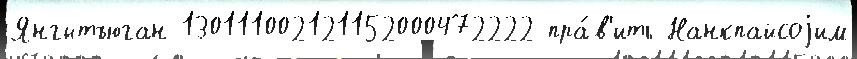
Янгытъюган 130111002121152000472222 пра́в'ить Нанкпайсоjим